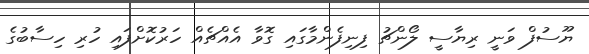
ޔޫސުފް ވަނީ ރިޔާސީ ލޯންޗު ފިނިފެންމާގައި ގޮވާ އެއްޗެއް ހަރުކޮށްފައި ހުރި ހިސާބުގެ